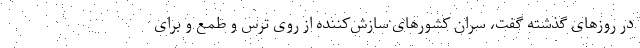
در روزهای گذشته گفت، سران کشورهای سازش‌کننده از روی ترس و طمع و برای